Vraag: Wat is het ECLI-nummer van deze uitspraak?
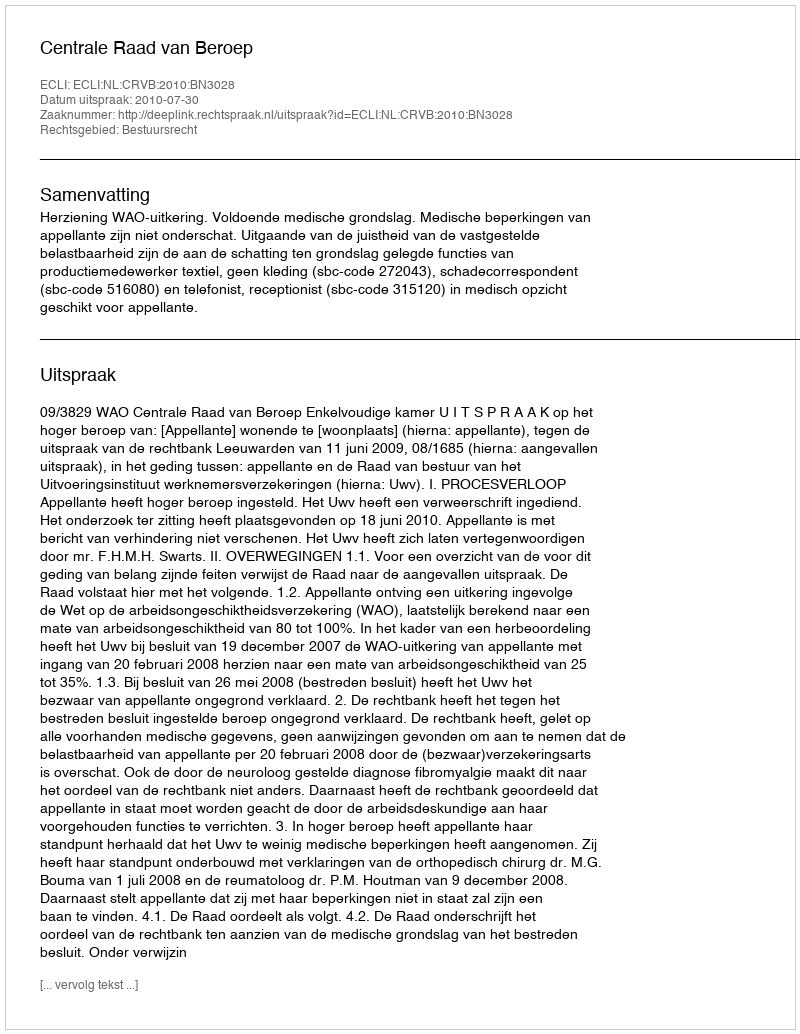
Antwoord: ECLI:NL:CRVB:2010:BN3028